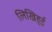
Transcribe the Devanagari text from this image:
लिखिहुई